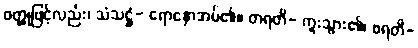
ဝတ္ထုဖြင့်လည်း၊ သံသဋ္ဌံ- ရောနှောအပ်၏။ တရတိ- ကူးသွား၏၊ စရတိ-